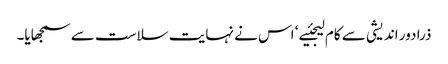
ذرا دور اندیشی سے کام لیجئیے ‘ اس نے نہایت سلاست سے سمجھایا۔